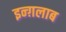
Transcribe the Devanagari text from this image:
इन्ग़लाब